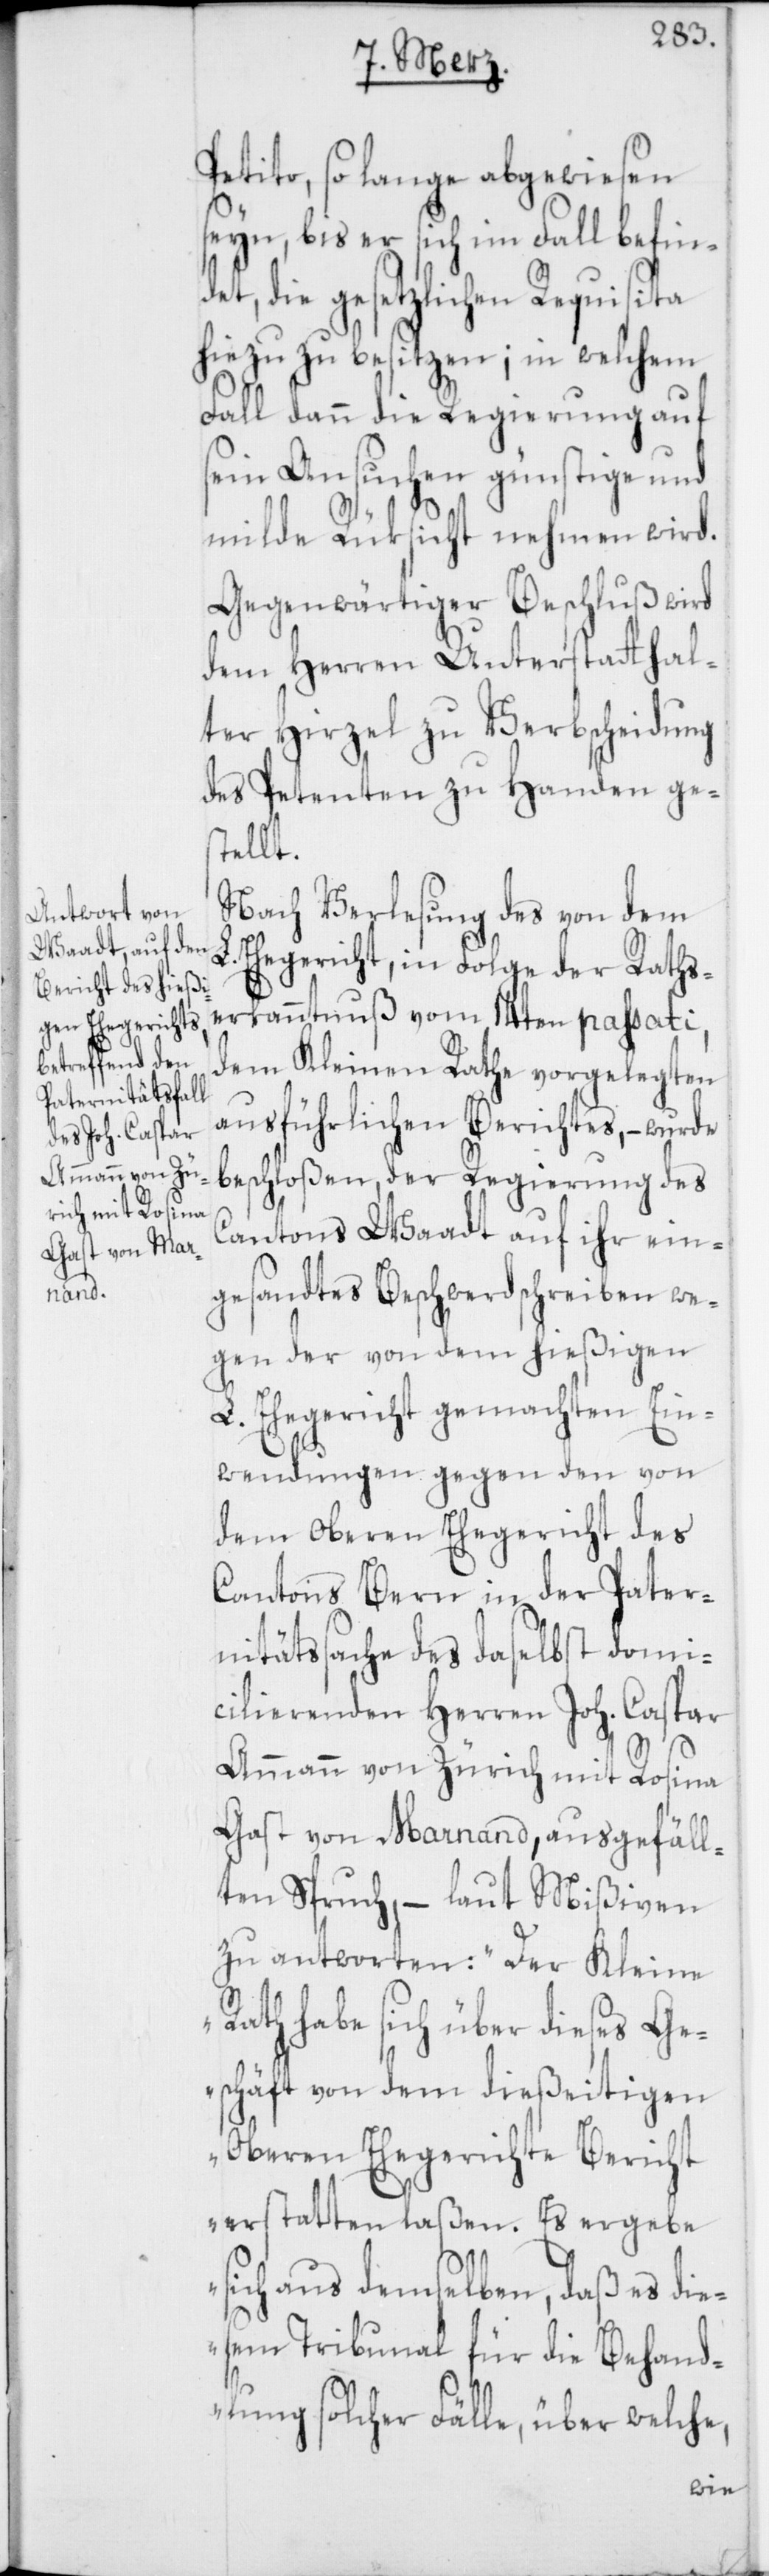
Petito, so lange abgewiesen
seyn, bis er sich im Fall befin¬
det, die gesetzlichen Requisita
hiezu zu besitzen; in welchem
Fall dann die Regierung auf
sein Ansuchen günstige und
milde Rüksicht nehmen wird.
Gegenwärtiger Beschluß wird
dem Herren Unterstatthal¬
ter Hirzel zu Verbscheidung
des Petenten zu Handen ges¬
tellt.
Nach Verlesung des von dem
Ehegericht, in Folge der Raths¬
erkanntnuß vom 14ten passati,
dem Kleinen Rathe vorgelegten
ausführlichen Berichtes, – wurde
beschloßen, der Regierung des
Cantons Waadt auf ihr ein¬
gesandtes Beschwerdschreiben we¬
gen der von dem hießigen
L. Ehegericht gemachten Ein¬
wendungen gegen den von
dem Oberen Ehegericht des
Cantons Bern in der Pater¬
nitätssache des daselbst domi¬
cilierenden Herren Joh. Caspar
Ammann von Zürich mit Rosina
Gast von Marnand, ausgefäll¬
ten Spruch, – laut Mißiven
zu antworten: „Der Kleine
Rath habe sich über dieses Ge¬
schäft von dem dießeitigen
Oberen Ehegerichte Bericht
erstatten laßen. Es ergebe
sich aus demselben, daß es die¬
sem Tribunal für die Behand¬
lung solcher Fälle, über welche,